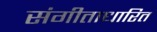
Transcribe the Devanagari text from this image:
संगीताधारित